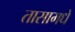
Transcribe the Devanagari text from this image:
तासामधे